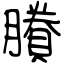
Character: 賸